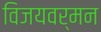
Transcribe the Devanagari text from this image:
विजयवर्मन